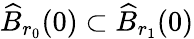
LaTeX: \widehat{B}_{r_{0}}(0)\subset\widehat{B}_{r_{1}}(0)